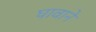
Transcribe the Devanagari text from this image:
घावाने